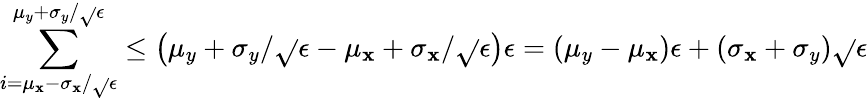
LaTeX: \sum_{i=\mu_{\mathbf{x}}-\sigma_{\mathbf{x}}/\sqrt{}{{\epsilon}}}^{\mu_{y}+\sigma_{y}/\sqrt{}{{\epsilon}}}\leq\left(\mu_{y}+\sigma_{y}/\sqrt{}{{\epsilon}}-\mu_{\mathbf{x}}+\sigma_{\mathbf{x}}/\sqrt{}{{\epsilon}}\right)\epsilon=\left(\mu_{y}-\mu_{\mathbf{x}}\right)\epsilon+\left(\sigma_{\mathbf{x}}+\sigma_{y}\right)\sqrt{}{{\epsilon}}